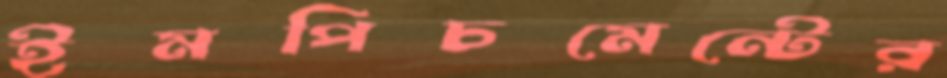
ইমপিচমেন্টের